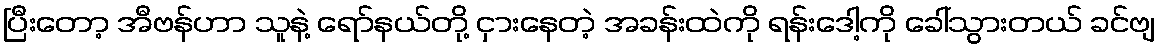
ပြီးတော့ အီဗန်ဟာ သူနဲ့ ရော်နယ်တို့ ငှားနေတဲ့ အခန်းထဲကို ရန်းဒေါ့ကို ခေါ်သွားတယ် ခင်ဗျ